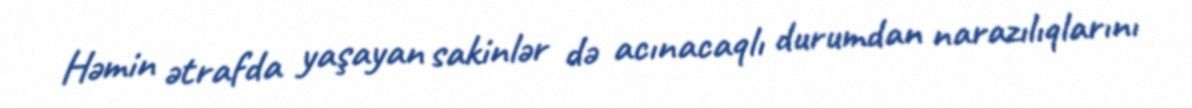
Həmin ətrafda yaşayan sakinlər də acınacaqlı durumdan narazılıqlarını